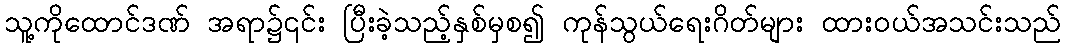
သူ့ကိုထောင်ဒဏ် အရာ၌၎င်း ပြီးခဲ့သည့်နှစ်မှစ၍ ကုန်သွယ်ရေးဂိတ်များ ထားဝယ်အသင်းသည်